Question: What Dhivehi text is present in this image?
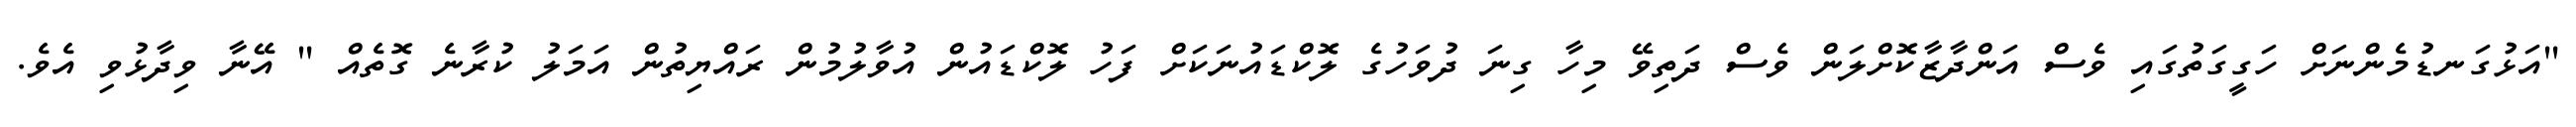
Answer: "އަޅުގަނޑުމެންނަށް ހަގީގަތުގައި ވެސް އަންދާޒާކޮށްލަން ވެސް ދަތިވޭ މިހާ ގިނަ ދުވަހުގެ ލޮކްޑައުނަކަށް ފަހު ލޮކްޑައުން އުވާލުމުން ރައްޔިތުން އަމަލު ކުރާނެ ގޮތެއް " އޭނާ ވިދާޅުވި އެވެ.